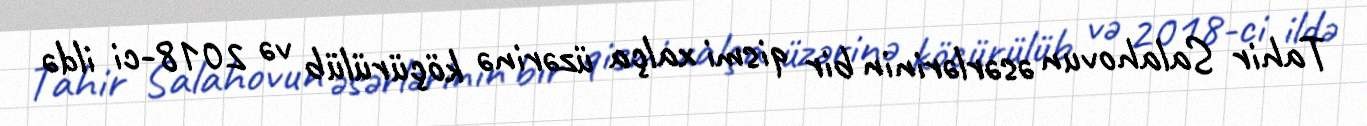
Tahir Salahovun əsərlərinin bir qismi xalça üzərinə köçürülüb və 2018-ci ildə